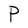
Character: P